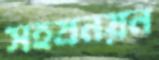
সহস্রনয়ন